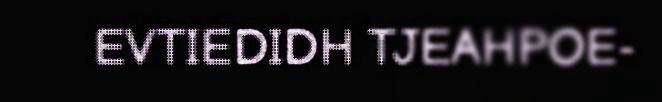
EVTIEDIDH TJEAHPOE-